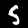
Digit: 5